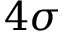
4 \sigma